Medical and sanitary report of the native army of Bengal for the year
Year: 1874
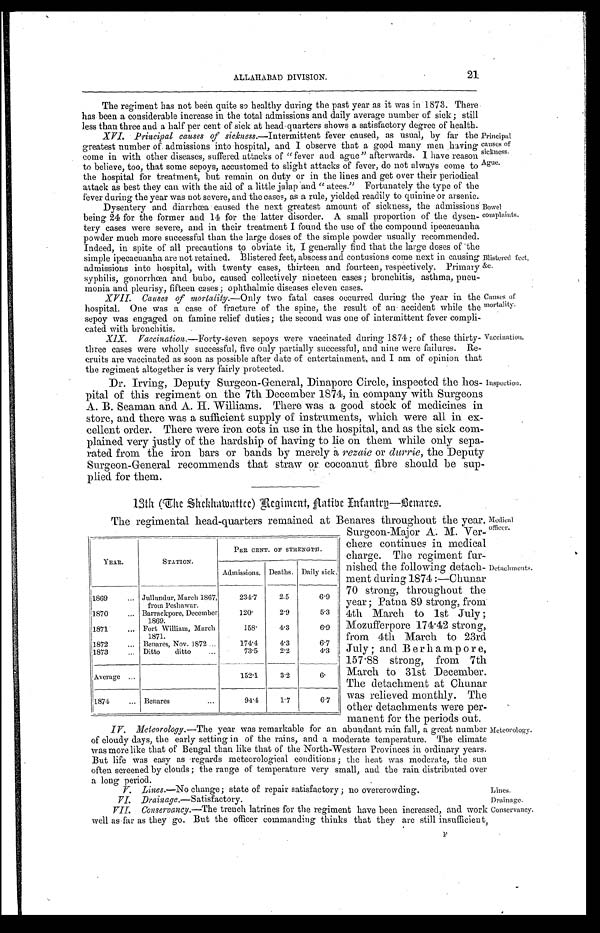
Principal
causes of
sickness.
Ague.
Bowel
complaints.
Lines.
Drainage.
Conservancy.
ALLAHABAD DIVISION.
21
The regiment has not been quite so healthy during the past year as it was in 1873. There
has been a considerable increase in the total admissions and daily average number of sick; still
less than three and a half per cent of sick at head quarters shows a satisfactory degree of health.
XVI. Principal causes of sickness.—Intermittent fever caused, as usual, by far the
greatest number of admissions into hospital, and I observe that a good many men having
come in with other diseases, suffered attacks of "fever and ague" afterwards. I have reason
to believe, too, that some sepoys, accustomed to slight attacks of fever, do not always come to
the hospital for treatment, but remain on duty or in the lines and get over their periodical
attack as best they can with the aid of a little jalap and "atees." Fortunately the type of the
fever during the year was not severe, and the cases, as a rule, yielded readily to quinine or arsenic.
Dysentery and diarrhœa caused the next greatest amount of sickness, the admissions
being 24 for the former and 14 for the latter disorder. A small proportion of the dysen
- t e r y c a s e s w e r e s e v e r e , a n d i n t h e i r t r e a t m e n t I f o u n d t h e u s e o f t h e c o m p o u n d i p e c a c u a n h a
powder much more successful than the large doses of the simple powder usually recommended.
Indeed in spite of all precautions to obviate it, I generally find that the large doses of the
simple ipecacuanha are not retained. Blistered feet, abscess and contusions come next in causing
admissions into hospital, with twenty cases, thirteen and fourteen, respectively. Primary
syphilis, gonorrhœa and bubo, caused collectively nineteen cases; bronchitis, asthma, pneu
-monia and pleurisy, fifteen cases; ophthalmic diseases eleven cases.
XVII. Causes of mortality .—Only two fatal cases occurred during the year in the
hospital. One was a case of fracture of the spine, the result of an accident while the
sepoy was engaged on famine relief duties; the second was one of intermittent fever compli
-cated with bronchitis.
XIX. Vaccination .—Forty-seven sepoys were vaccinated during 1874; of these thirty
-three cases were wholly successful, five only partially successful, and nine were failures. Re
-cruits are vaccinated as soon as possible after date of entertainment, and I am of opinion that
the regiment altogether is very fairly protected.
Dr. Irving, Deputy Surgeon-General, Dinapore Circle, inspected the hos
-pital of this regiment on the 7th December 1874, in company with Surgeons
A. B. Seaman and A. H. Williams. There was a good stock of medicines in
store, and there was a sufficient supply of instruments, which were all in ex
-cellent order. There were iron cots in use in the hospital, and as the sick com
-plained. very justly of the hardship of having to lie on them while only sepa
-rated from the iron bars or bands by merely a rezaie or durrie, the Deputy
Surgeon-General recommends that straw or cocoanut fibre should be sup
-plied for them.
13th (The Shekhawattee) Regiment, Native Infantry—Benares.
Blistered feet, &c.
Causes of
mortality.
Vaccination.
Inspection.
The regimental head-quarters remained at at Benares throughout the year.
Surgeon-Major A. M. Ver
-chere continues in medical
charge. The regiment fur-
YEAR.
STATION.
PER CENT oF STRENGTH.
Admissions. Deaths. Daily sick.
1869 . . . Jullundur, March 1867,
from Peshawar.
234.7
2.5
6.9
1870 . . . Barrackpore, December
1869.
120.
2.9
5.3
1871 . . . Fort William, March
1871.
158.
4.3
6.9
1872 . . . Benares, Nov. 1872 . . .
174.4
4.3
6.7
1873 . . . Ditto ditto . . .
73.5
2.2
4.3
Average . . .
152.1
3.2
6.
1874 . . . Benares . . .
94.4
1.7
6.7
nished the following detach
-ment during 1874:—Chunar
70 strong, throughout the
year; Patna 89 strong, from
4th March to 1st July;
Mozufferpore 174.42 strong,
from 4th March to 23rd
July; and Berhampore,
157.88 strong, from 7th
March to 31st December.
The detachment at Chunar
was relieved monthly. The
other detachments were per
-manent for the periods out.
Detachments.
IV. Meteorology .—The year was remarkable for an abundant rain fall, a great number
of cloudy days, the early setting in of the rains, and a moderate temperature. The climate
was more like that of Bengal than like that of the North-Western Provinces in ordinary years.
But life was easy as regards meteorological conditions; the heat was moderate, the sun
often screened by clouds; the range of temperature very small, and the rain distributed over a long period.
V. Lines.—No change; state of repair satisfactory; no overcrowding.
VI. Drainage.—Satisfactory.
VII. Conservancy .—The trench latrines for the regiment have been increased, and work
well as far as they go. But the officer commanding thinks that they are still insufficient, F
Meteorology.